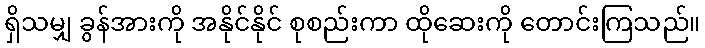
ရှိသမျှ ခွန်အားကို အနိုင်နိုင် စုစည်းကာ ထိုဆေးကို တောင်းကြသည်။